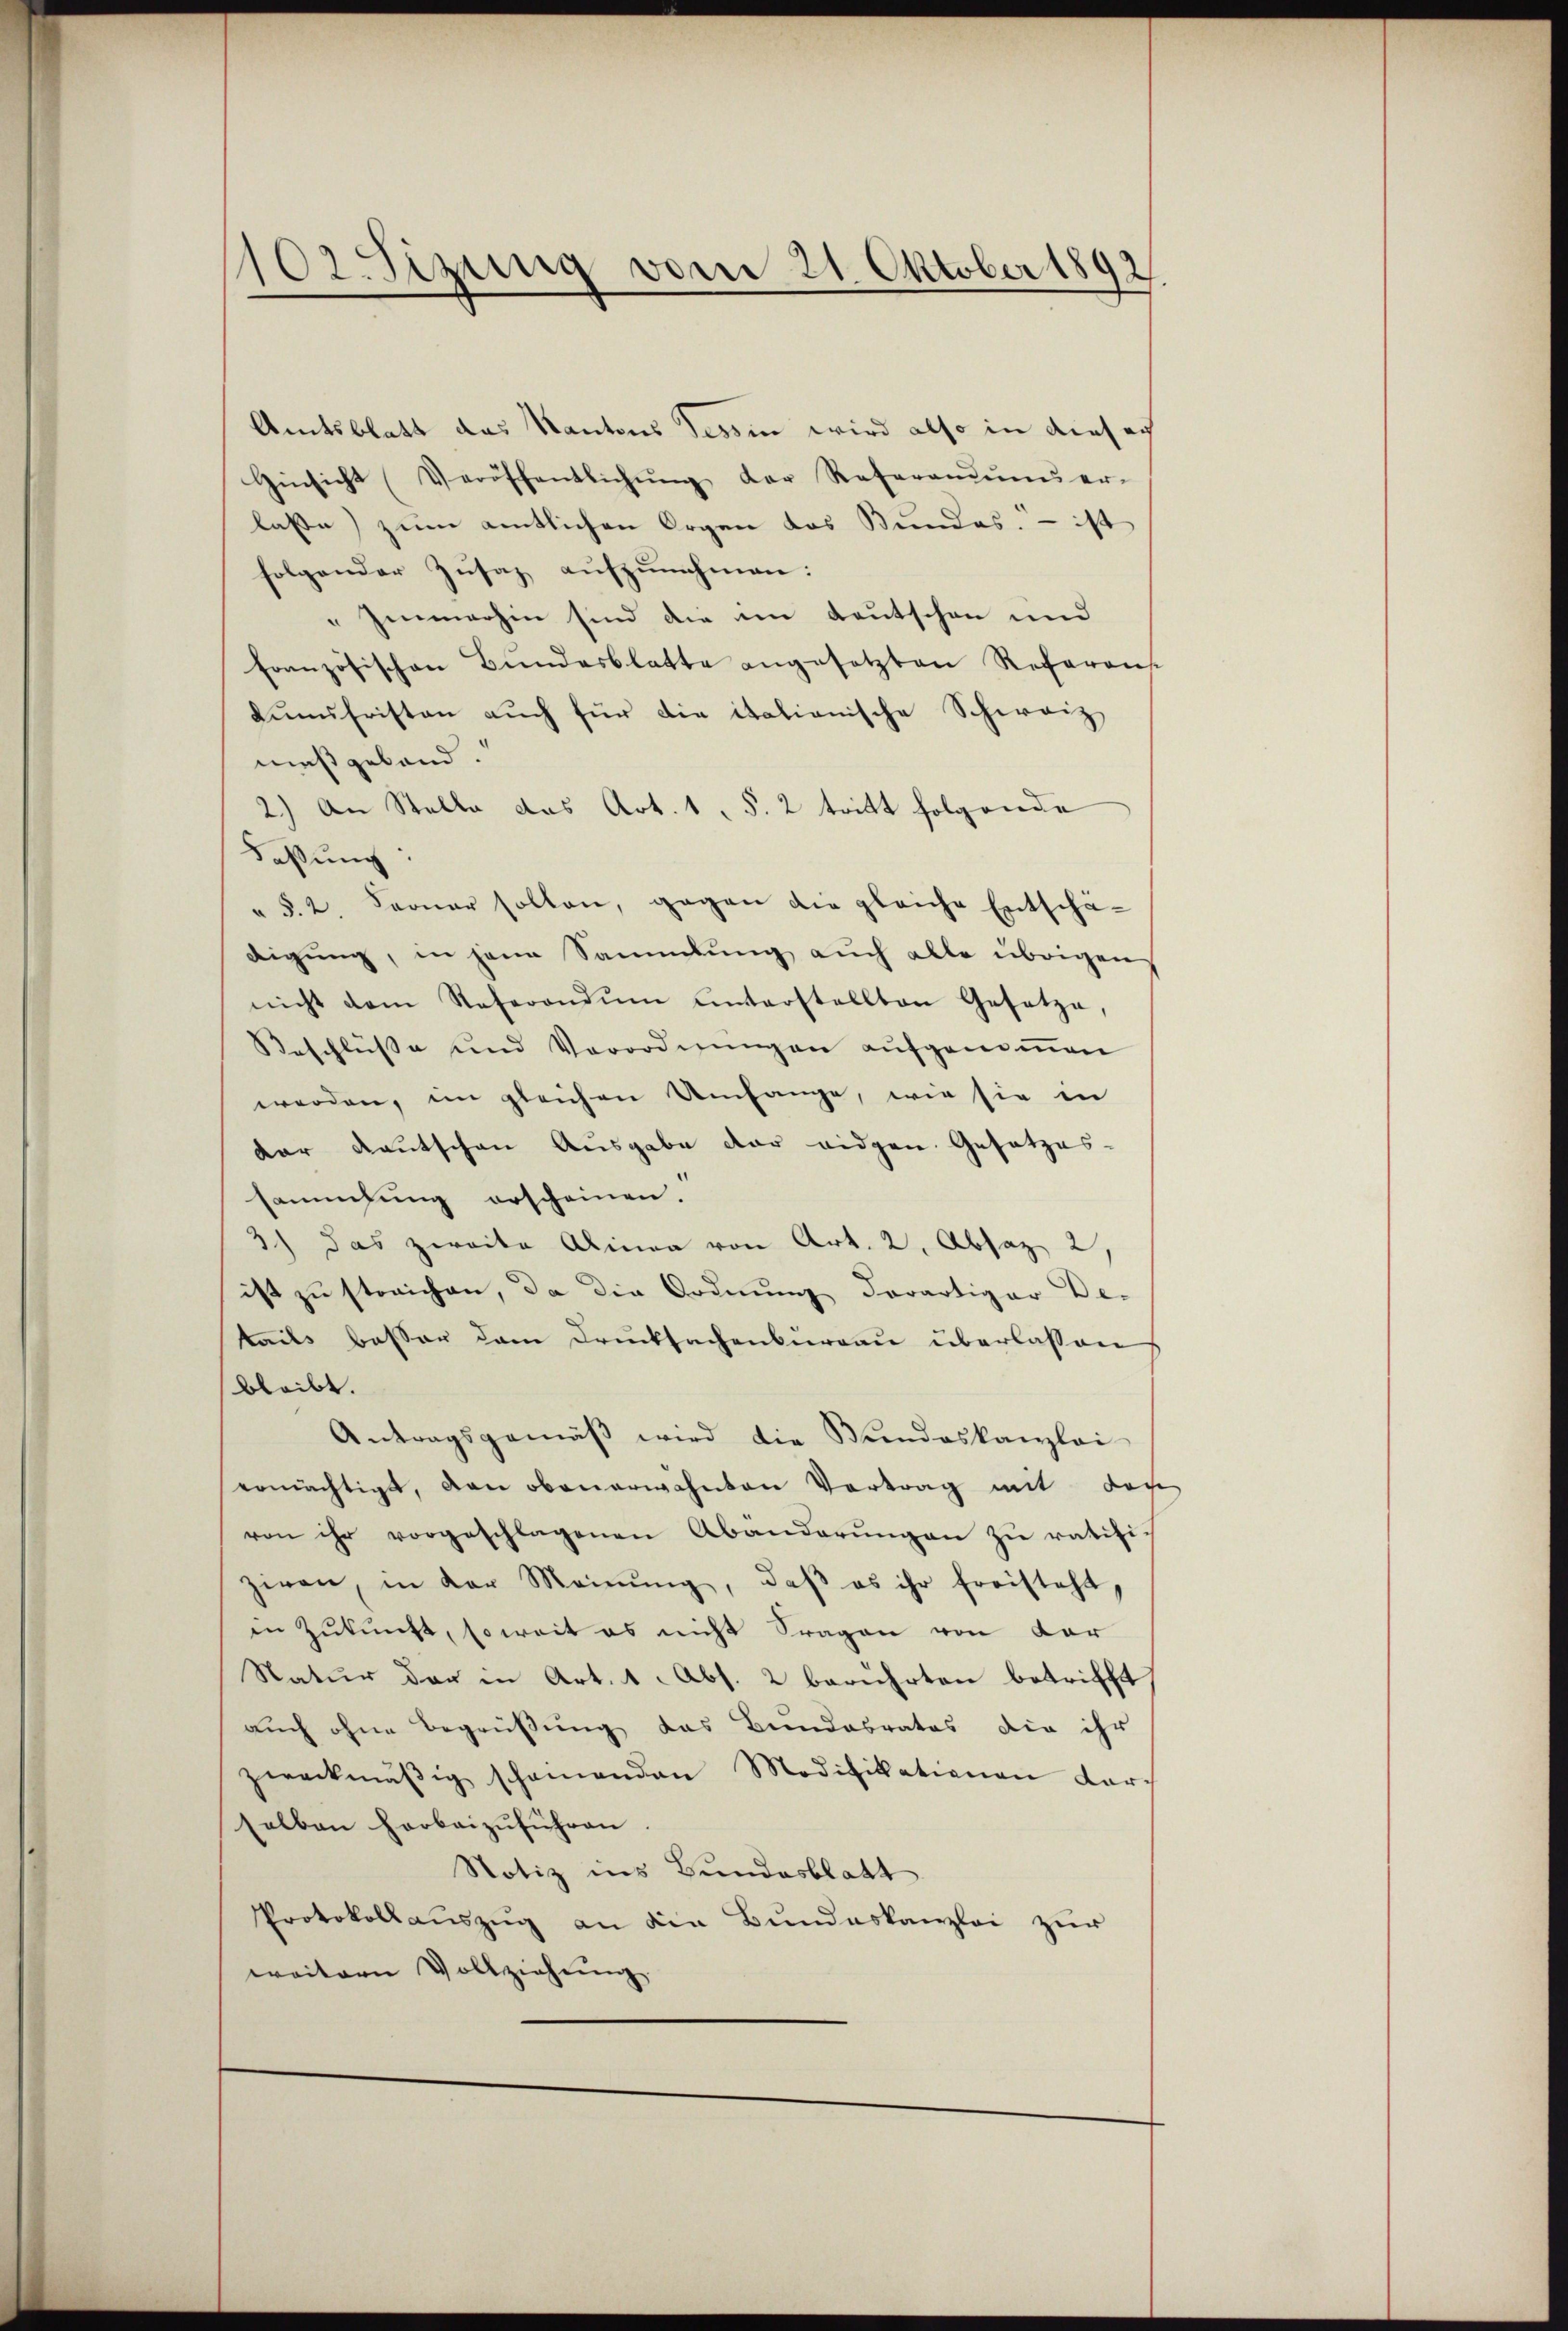
102 Sizung vom 21. Oktober 1892

Amtsblatt das Kantons Tessin wird also in dieser
Hinsicht Veröffentlichŭng der Referanŭnŭer-
lasse) zum amtlichen Orgen das Bundes. - ist
folgender Zŭsaz aŭfzŭnehmen:
"Immerhin sind die im Deutschon und
Französischen Bundesblatte angesetzten Referans-
Lŭmsfristen aŭch für die italianische Schweiz
maßgeband.
2.) An Stelle das Art. 1, S. 2 tritt folgende
Faßung:
" §.2 Seonar sollen, gegen die gleiche Entschä-
digung, in jene Sammlung auch alle übrigen
nicht dem Referandŭm Unterstellten Gesetze,
Beschlüsse und Verordnŭngen aŭfgenoṁen
werden, im gleichen Umfange, wie sie in
dar Kautschen Ausgabe der eidgen. Gesetzes-
sammlung erscheinen.
3) das zweite Alinea von Art. 2, Absaz 2,
ist zu streichen, da die Ordnung derartiger De-
tails besser dem Drucksachenbureau überlassen
bleibt.
Antragsgemäβ wird die Bundeskanzlei
ermächtigt, den obenerwähnten Vortrag mit doch
von ihr vorgeschlagenen Abänderŭngen zu ratifich
ziren, in der Meinŭng, daβ es ihr freisteht
in Zukunft, soweit es nicht Fragen von vor
Natur der in Art. 1 Abs. 2 berührten betrifft
auch ohne Begrüßung das Bundesrates die ihr
zweckmäβig scheinenden Modifikationen darselben harbeizŭführen.
Notiz ins Bundesblatt
Protokollauszug an die Bundeskanzlei zur
weitern Vollziehung.